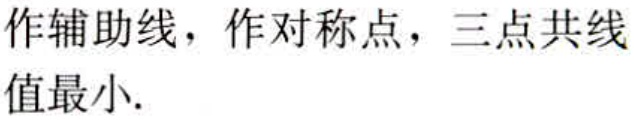
作辅助线，作对称点，三点共线值最小.